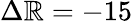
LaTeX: \Delta\mathbb{R}=-15